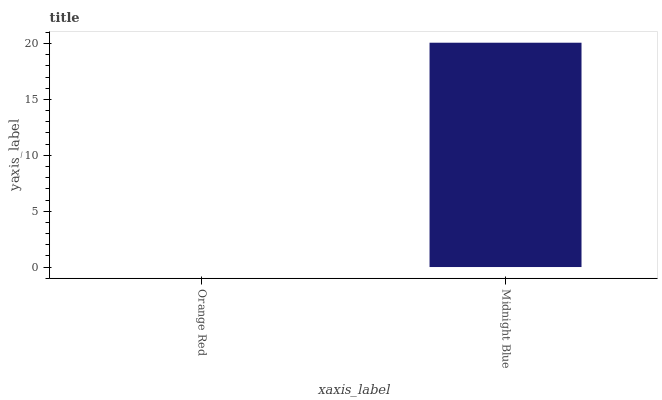
| xaxis_label | bars |
 | --- | --- |
 | Orange Red | 0 |
 | Midnight Blue | 20.1 |